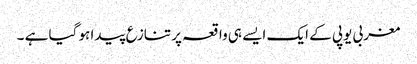
مغربی یوپی کے ایک ایسے ہی واقعہ پر تنازع پیدا ہو گیا ہے ۔